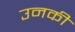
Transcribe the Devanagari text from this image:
उनकी